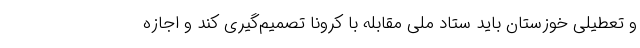
و تعطیلی خوزستان باید ستاد ملی مقابله با کرونا تصمیم‌گیری کند و اجازه